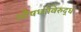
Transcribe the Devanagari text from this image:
औषधांविरुद्ध